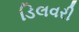
ડિલવરી